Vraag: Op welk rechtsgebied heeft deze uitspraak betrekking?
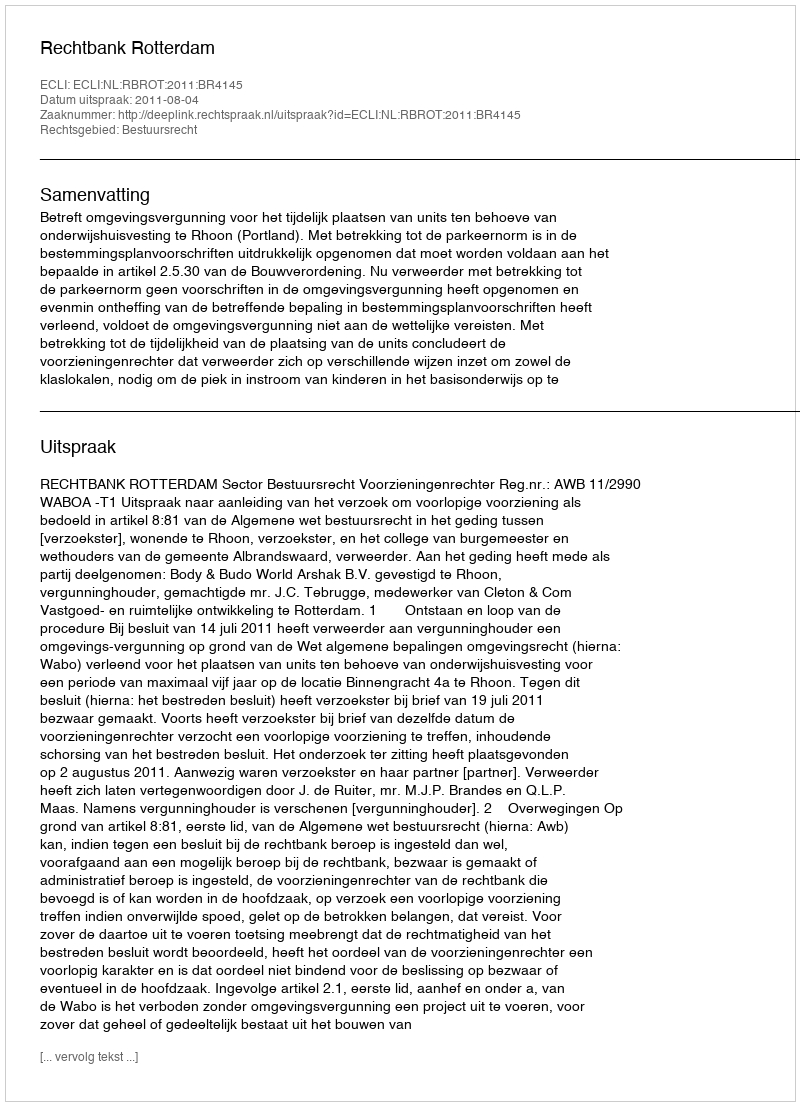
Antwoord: Bestuursrecht